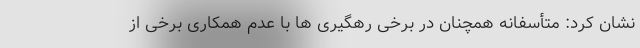
نشان کرد: متأسفانه همچنان در برخی رهگیری ها با عدم همکاری برخی از